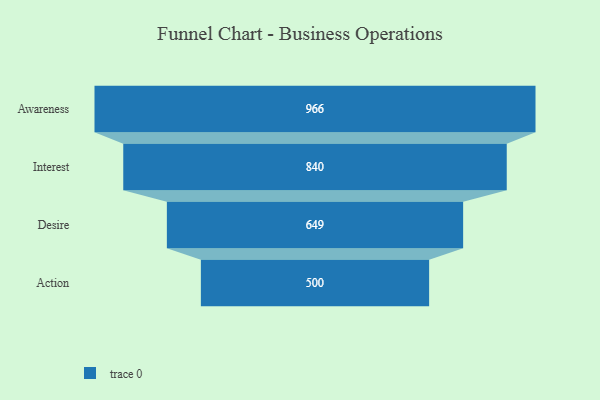
{"axis": {"x": "Stage", "y": "Value"}, "legend": [""], "data": [{"x": "Awareness", "y": 966.0, "type": ""}, {"x": "Interest", "y": 840.0, "type": ""}, {"x": "Desire", "y": 649.0, "type": ""}, {"x": "Action", "y": 500, "type": ""}]}